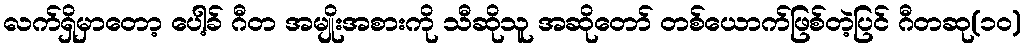
လက်ရှိမှာတော့ ပေါ့ခ် ဂီတ အမျိုးအစားကို သီဆိုသူ အဆိုတော် တစ်ယောက်ဖြစ်တဲ့ပြင် ဂီတဆု(၁၀)